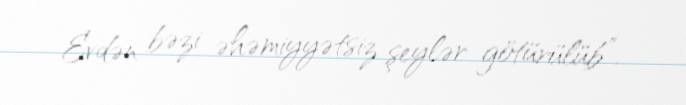
Evdən bəzi əhəmiyyətsiz şeylər götürülüb”.